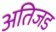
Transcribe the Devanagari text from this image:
अतिजड